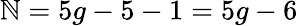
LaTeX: \mathbb{N}=5g-5-1=5g-6